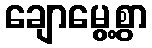
ချောမွေ့စွာ